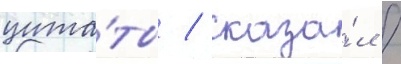
цита́ты / сказа́л /